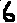
Text: 6